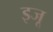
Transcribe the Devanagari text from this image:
इजू